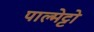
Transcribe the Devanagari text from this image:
पाल्मेट्टो